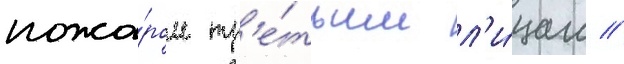
пожа́ром тр'е́тьим л'и́цам //